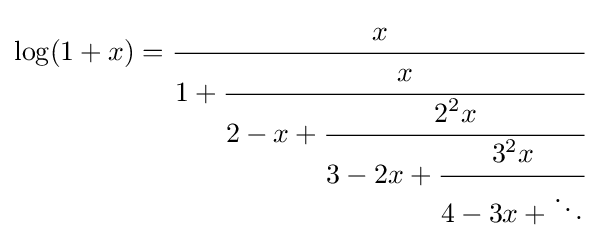
\log(1+x)={\cfrac {x}{1+{\cfrac {x}{2-x+{\cfrac {2^{2}x}{3-2x+{\cfrac {3^{2}x}{4-3x+\ddots }}}}}}}}